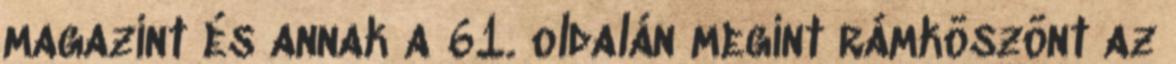
magazint és annak a 61. oldalán megint rámköszönt az